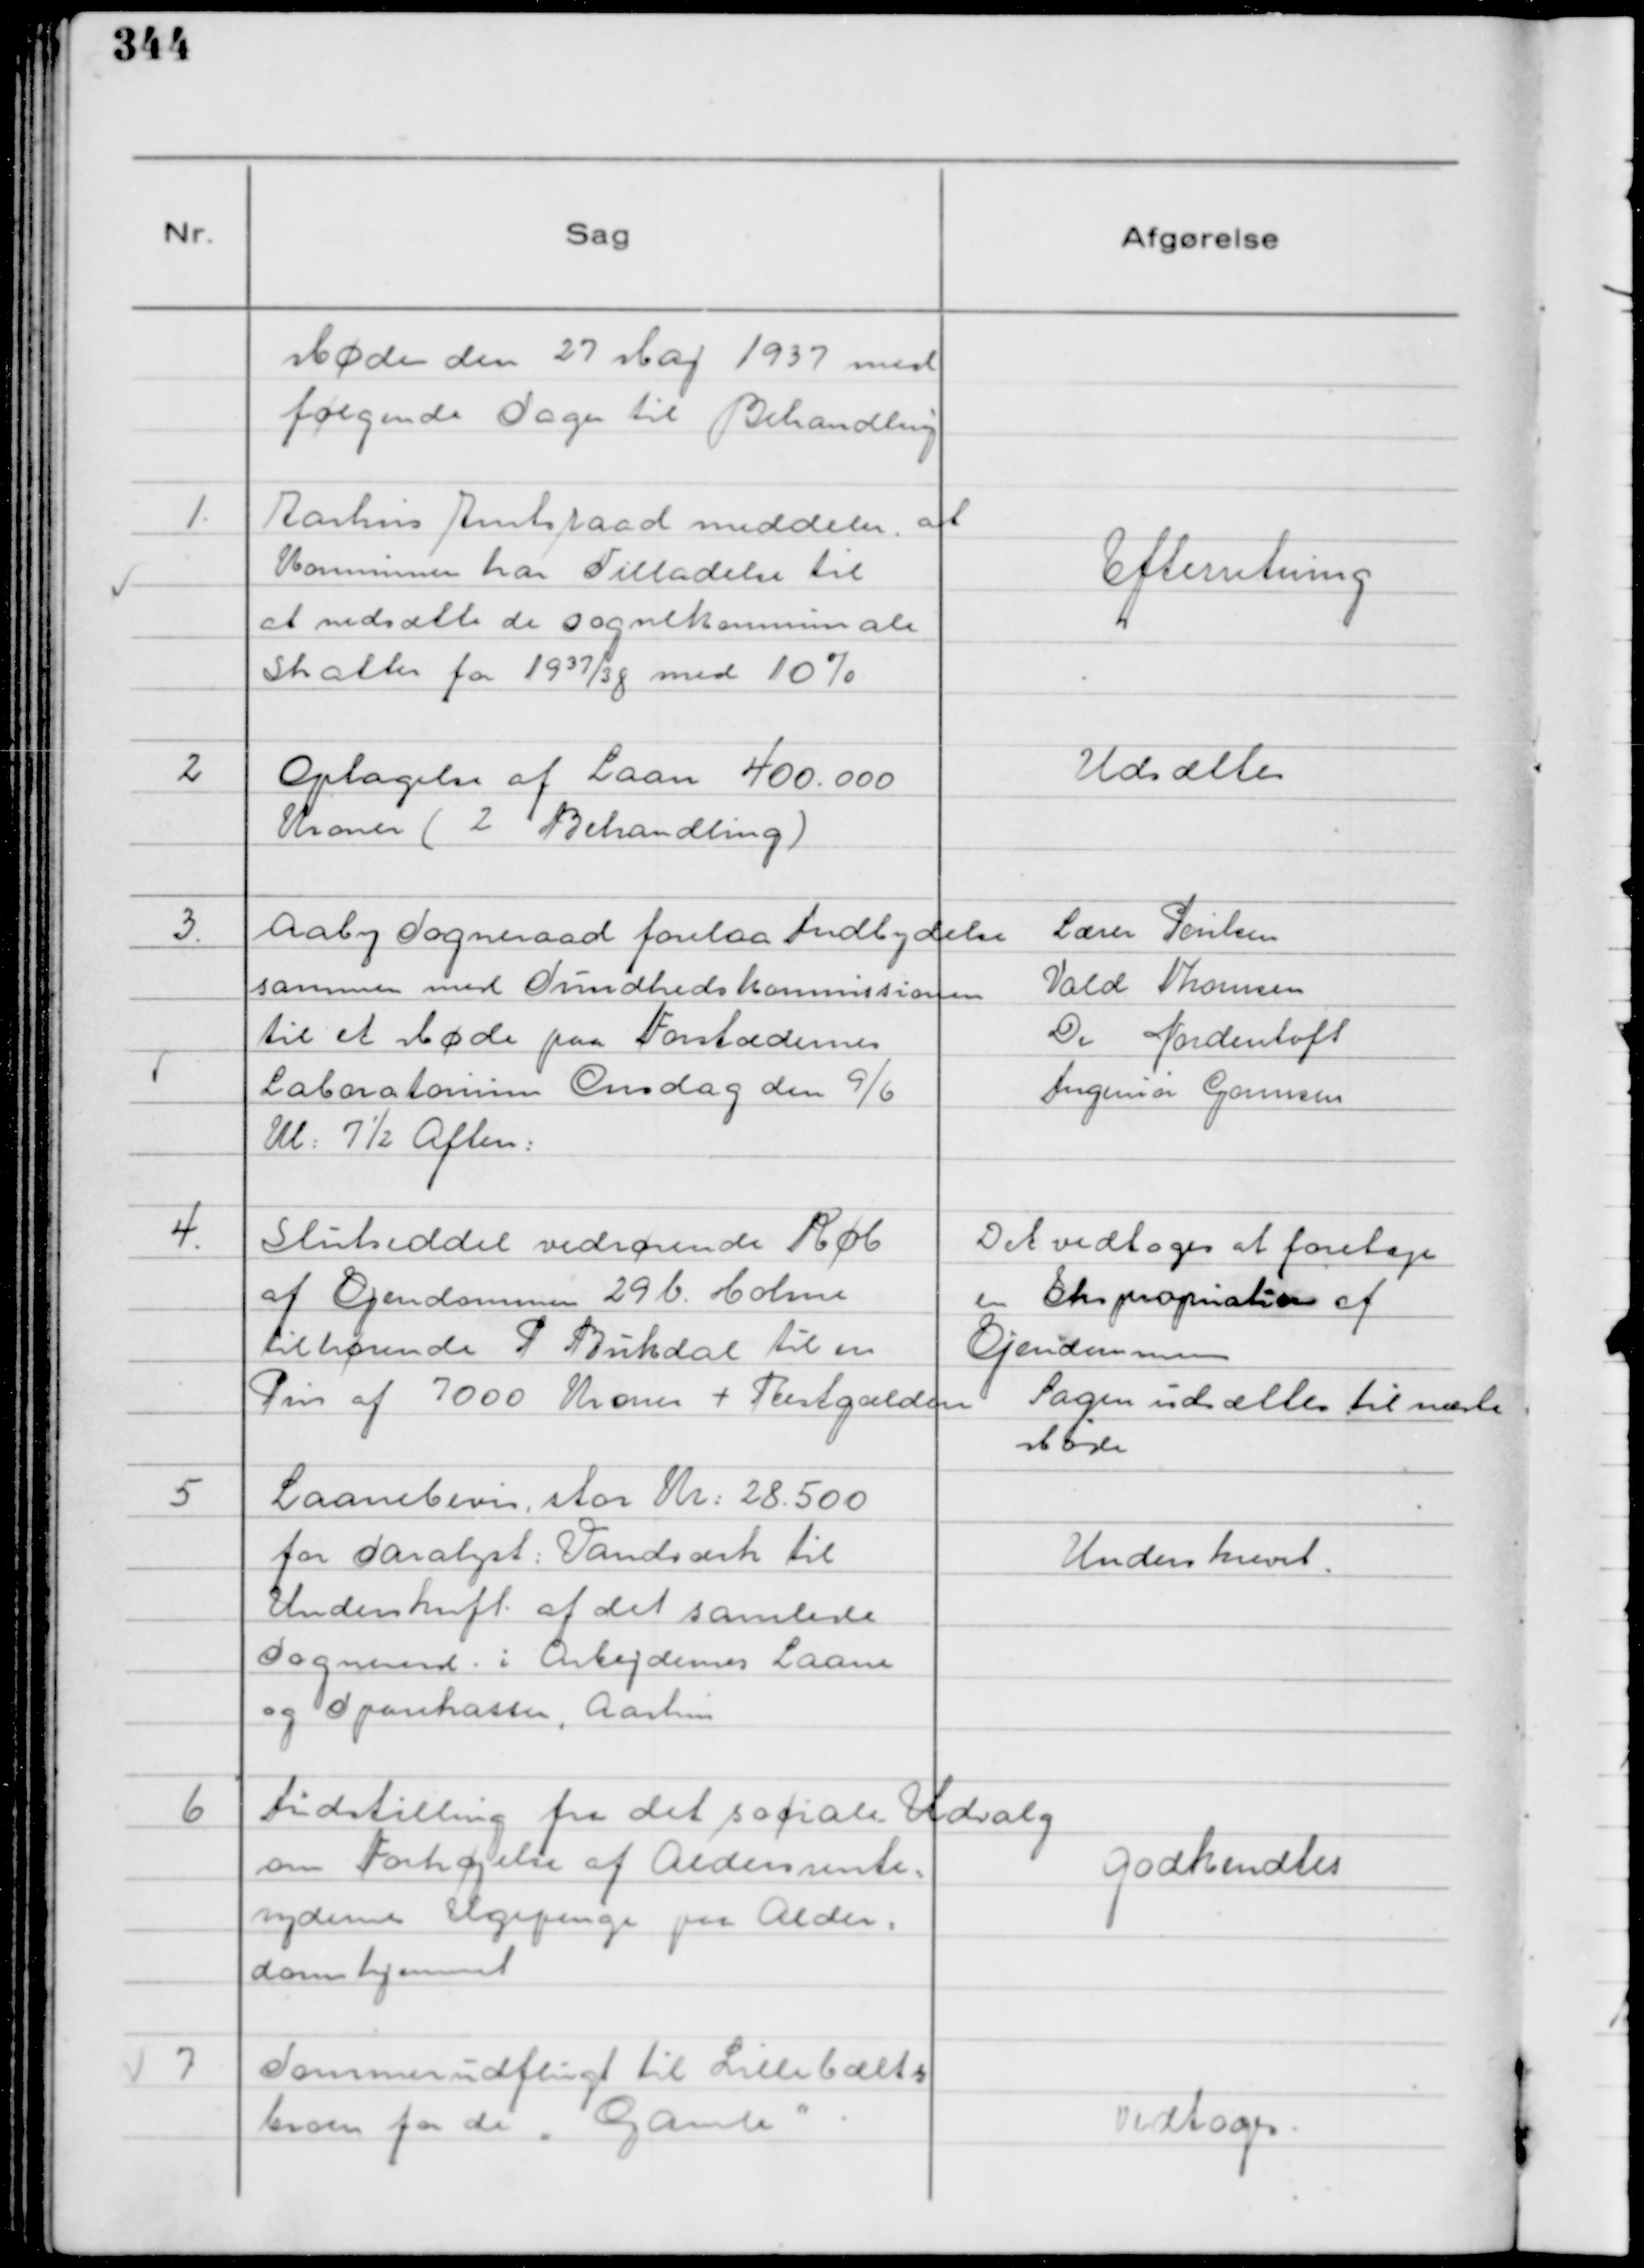
Transskription:
Møde den 27 Maj 1937 med
følgende Sager til Behandling

1.
Aarhus Amtsraad meddeler, at
Kommunen har Tilladelse til
at nedsætte de sognekommunale
Skatter for 1937/38 med 10%

Efterretning

2
Optagelse af Laan 400.000
Kroner ( 2 Behandling )

Udsættes

3
Aaby Sogneraad forelaa Indbydelse
sammen med Sundhedskommissionen
til et Møde paa Forstædernes
Laboratorium Onsdag den 9/6
Kl: 7½ Aften:

Lærer Poulsen
Vald Thomsen
Dr Nordentoft
Ingeniør Gormsen

4.
Slutseddel vedrørende Køb
af Ejendommen 29 b. Holme
tilhørende P Bukdal til en
Pris af 7000 Kroner + Restgælden

Det vedtoges at foretage
en Ekspropriation af
Ejendommen
Sagen udsættes til næste
Møde

5
Laanebevis, stor Kr: 28.500
for Saralyst Vandværk til
Underskrift af det samlede
Sogneraad . i Arbejdernes Laane
og Sparekasse, Aarhus

Underskrevet.

6
Indstilling fra det sociale Udvalg
om Forhøjelse af Aldersrente=
nydernes Ugepenge paa Alder=
domshjemmet

godkendtes

7
Sommerudflugt til Lillebælts
broen for de "Gamle".

Vedtoges.